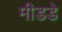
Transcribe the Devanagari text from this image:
मीडडे